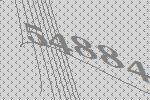
54884